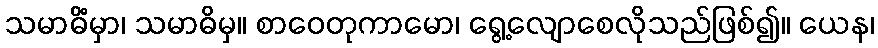
သမာဓိံမှာ၊ သမာဓိမှ။ စာဝေတုကာမော၊ ရွေ့လျောစေလိုသည်ဖြစ်၍။ ယေန၊